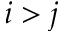
i > j